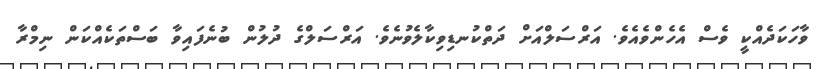
ވާހަކަދެއްކީ ވެސް އެހެންވެއެވެ. އަރްސަލްއަށް ދަތްކުނޑިވިކާލެވުނެވެ. އަރްސަލްގެ ދުލުން ބުނެފައިވާ ބަސްތަކެއްކަން ނިމްރާ